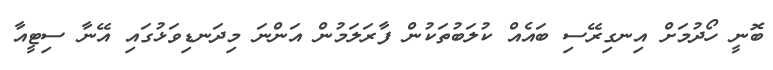
ބޮނީ ހޯދުމަށް އިނގިރޭސި ބައެއް ކުލަބުތަކުން ފާރަލަމުން އަންނަ މިދަނޑިވަޅުގައި އޭނާ ސިޓީއާ